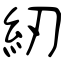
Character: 紉